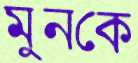
মুনকে